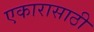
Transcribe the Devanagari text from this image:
एकारासाठी